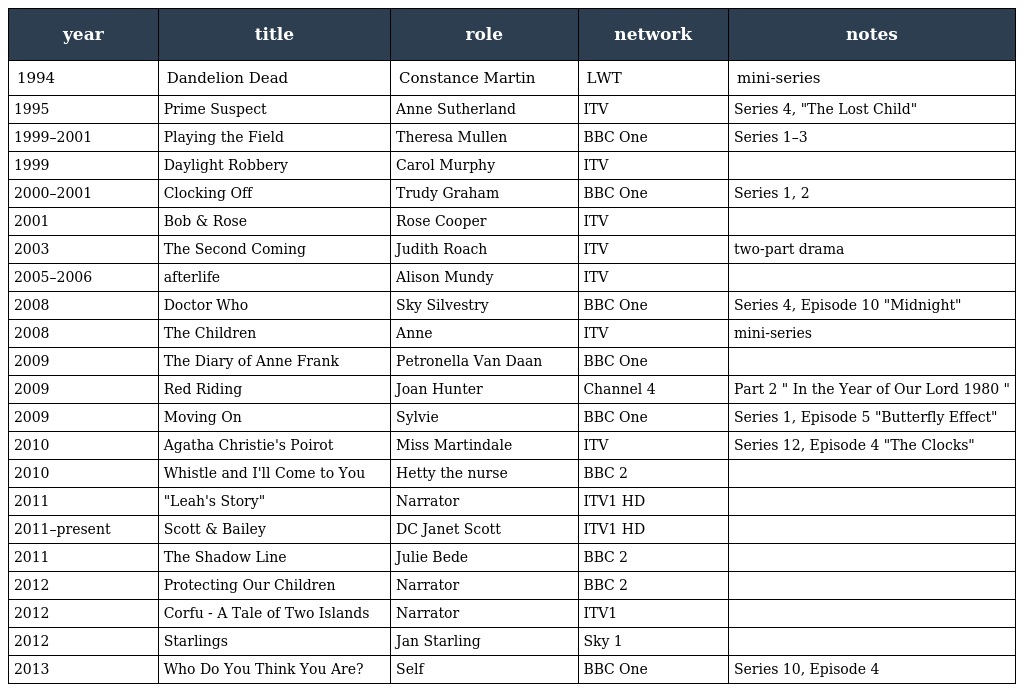
| year | title | role | network | notes |
 | --- | --- | --- | --- | --- |
 | 1994 | Dandelion Dead | Constance Martin | LWT | mini-series |
 | 1995 | Prime Suspect | Anne Sutherland | ITV | Series 4, "The Lost Child" |
 | 1999–2001 | Playing the Field | Theresa Mullen | BBC One | Series 1–3 |
 | 1999 | Daylight Robbery | Carol Murphy | ITV |  |
 | 2000–2001 | Clocking Off | Trudy Graham | BBC One | Series 1, 2 |
 | 2001 | Bob & Rose | Rose Cooper | ITV |  |
 | 2003 | The Second Coming | Judith Roach | ITV | two-part drama |
 | 2005–2006 | afterlife | Alison Mundy | ITV |  |
 | 2008 | Doctor Who | Sky Silvestry | BBC One | Series 4, Episode 10 "Midnight" |
 | 2008 | The Children | Anne | ITV | mini-series |
 | 2009 | The Diary of Anne Frank | Petronella Van Daan | BBC One |  |
 | 2009 | Red Riding | Joan Hunter | Channel 4 | Part 2 " In the Year of Our Lord 1980 " |
 | 2009 | Moving On | Sylvie | BBC One | Series 1, Episode 5 "Butterfly Effect" |
 | 2010 | Agatha Christie's Poirot | Miss Martindale | ITV | Series 12, Episode 4 "The Clocks" |
 | 2010 | Whistle and I'll Come to You | Hetty the nurse | BBC 2 |  |
 | 2011 | "Leah's Story" | Narrator | ITV1 HD |  |
 | 2011–present | Scott & Bailey | DC Janet Scott | ITV1 HD |  |
 | 2011 | The Shadow Line | Julie Bede | BBC 2 |  |
 | 2012 | Protecting Our Children | Narrator | BBC 2 |  |
 | 2012 | Corfu - A Tale of Two Islands | Narrator | ITV1 |  |
 | 2012 | Starlings | Jan Starling | Sky 1 |  |
 | 2013 | Who Do You Think You Are? | Self | BBC One | Series 10, Episode 4 |